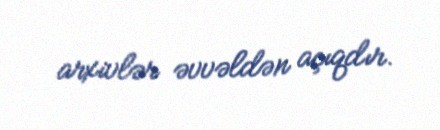
arxivlər əvvəldən açıqdır.